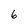
Character: 6